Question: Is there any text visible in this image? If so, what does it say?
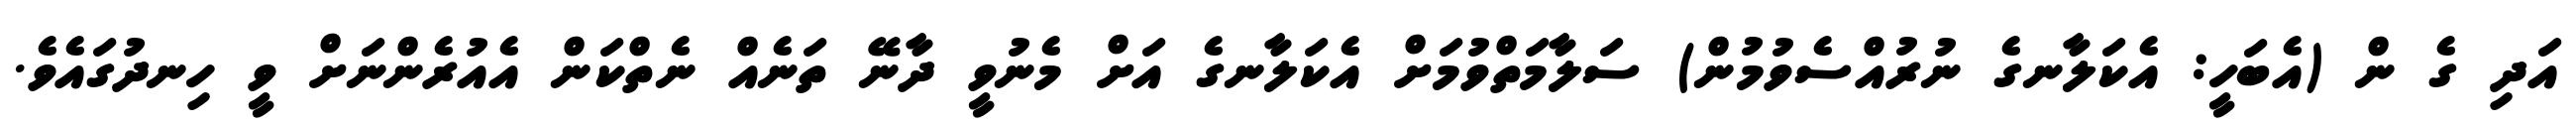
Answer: އަދި ގެ ން (އެބަހީ: އެކަލާނގެ ނުރުއްސެވުމުން) ސަލާމަތްވުމަށް އެކަލާނގެ އަށް މެނުވީ ދާނޭ ތަނެއް ނެތްކަން އެއުރެންނަށް ވީ ހިނދުގައެވެ.